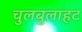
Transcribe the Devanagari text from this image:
चुलबुलाहट